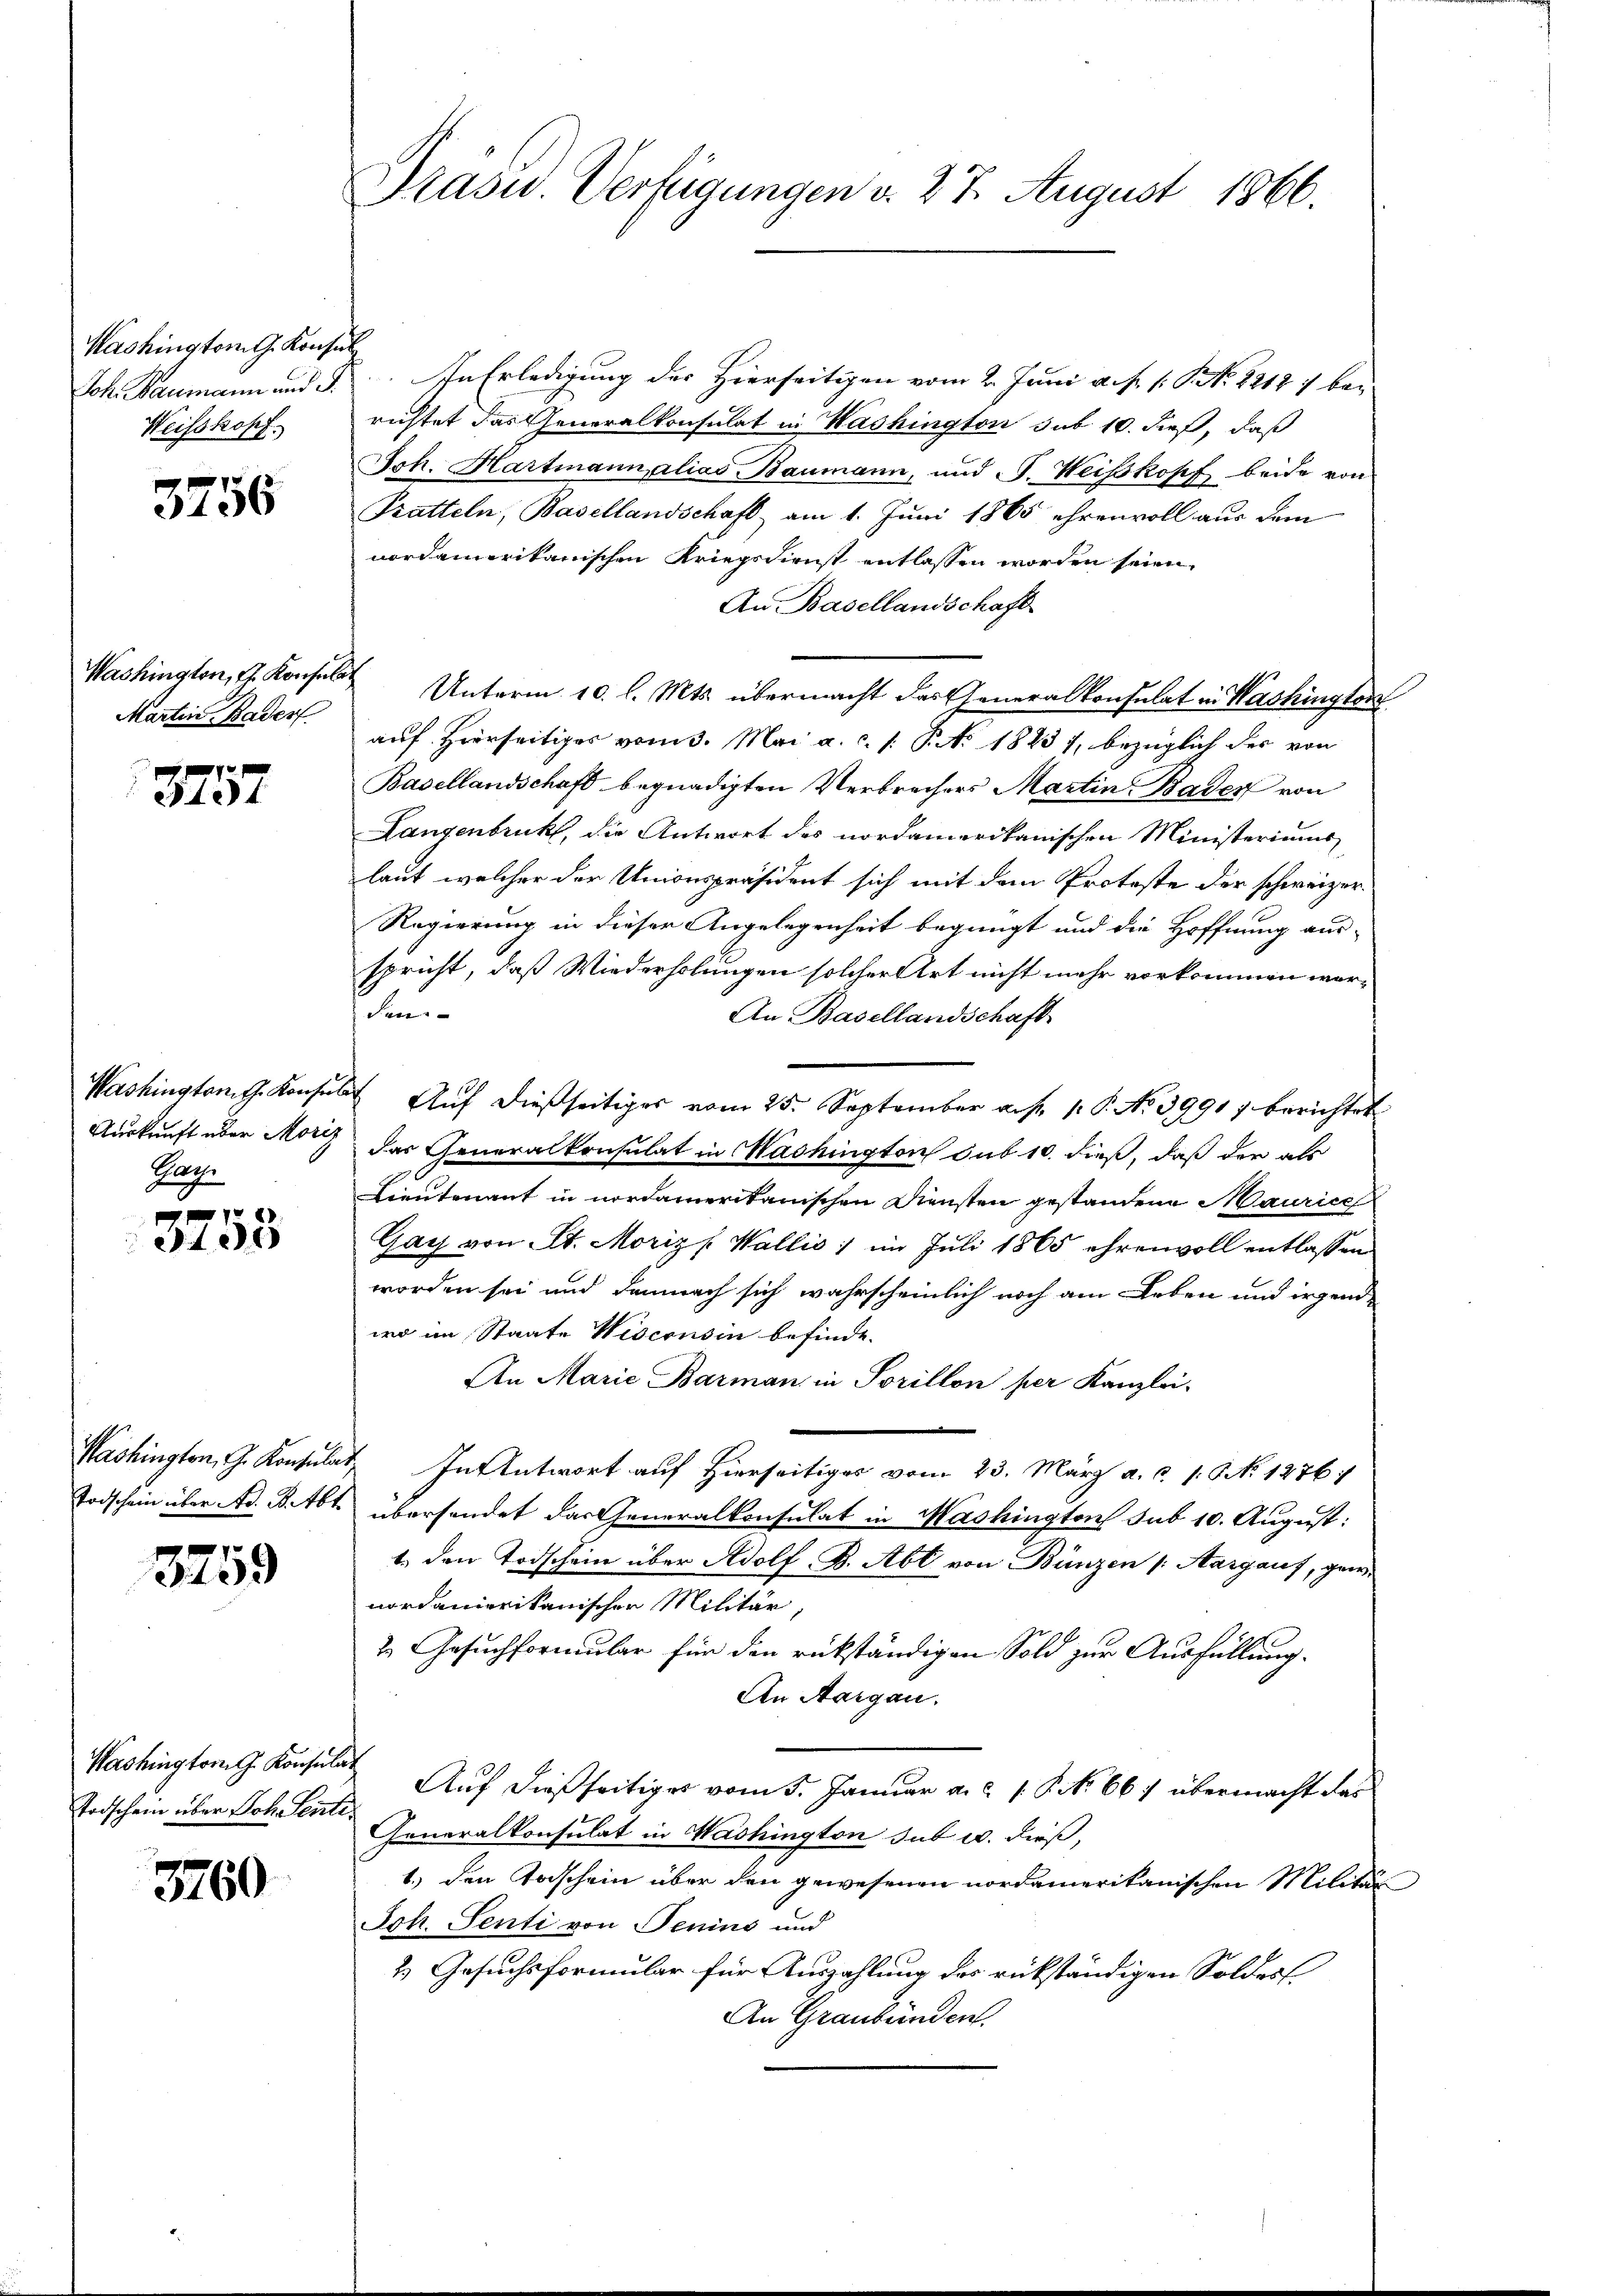
Washington G. Konsul
Weisskopf.

3756

Martin Bader

3757

Auskunft über Moriz
Pag.

408

3259

Washingtorn J. Konsulat
Todschein über Joh. Senti¬

3760

Präsid. Verfügungen v. 27. August 1866.

Joh. Baumann und F. In Erledigung der Hierseitigen vom 2. Juni a. f. 1. P. Nr. 22127 baurichtet das Generalkonsulat in Washington sub 10. dieß, daß
Joh. Hartmann, alias Baumann, und S. Weiskopf beide von
Pratteln, Basellandschaft am 1. Juni 1865 ehrenvoll aus dem
nordamerikanischen Kriegsdienst entlassen worden seien,
Au Basellandschaft
.
Washington, u. Konsere Unterm 10. l. Mts. übermacht das Generalkonsulat in Washingten
auf Hierseitiges vom 3. Mai a. c. s. S. 1823 1, bezüglich der von
Basellandschaft begnadigten Verbrechers Martin Bader von
Langenbruckt, die Antwort des nordamerikanischen Ministeriums
laut welcher der Unionspräsident sich mit dem Proteste der schweizer¬
Regierung in dieser Angelegenheit begnügt und die Hoffnung aus-
spricht, daß Wiederholungen solcher Art nicht mehr vorkommen wor-
s
An Basellandschaft
Washington Konsulat Aŭf dießseitiges vom 25. September a. p. 1. P. No 3991) berichtet
das Generalkonsulat in Machington sub 10. dieß, daß der als
Lieutenant in nordamerikanischen Diensten gestandene Maurice
Gay von St. Moriz [Wallis ) im Juli 1865 ehrenvoll entlassen
worden sei und demnach sich wahrscheinlich noch am Leben und irgende
wo im Staate Wisconsin befinde.
An Marie Barman in Sorillon per Kanzlei-
Washington, G. Konsulat In Antwort auf Hierseitiges vom 23. März a. c. 1. N. 1276
Todschein über d. B. Abt übersendet das Generalkonsulat in Washington sub 10. August:
1. den Todschein über Adolf B. Abt von Bünzen /: Aargauf, geinordamerikanischen Militär
2. Gesuchformular für den rükständigen Sold zur Ausfüllung.
An Aargau.
Auf dießseitiges vom 5. Januar a. c. 1. P. No. 66. übermacht das
Generalkonsulat in Washington sub u. dieß,
1.) den Todschein über den gewesenen nordamerikanischen Militär
Joh. Senti von Jenins und
2) Gesuchsformular für Auszahlung des rückständigen Soldes
An Graubünden.